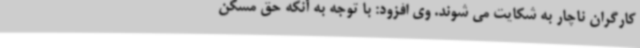
کارگران ناچار به شکایت می شوند. وی افزود: با توجه به آنکه حق مسکن